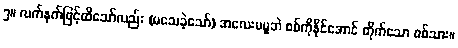
၅။ လက်နက်ဖြင့်ထိသော်လည်း (မသေခဲ့သော်) အလေးမမူဘဲ စစ်ကိုနိုင်အောင် တိုက်သော စစ်သား။